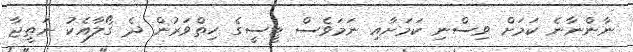
ނާންނާނެ ކަމަށް ވިސްނި ކަމަށާއި ނަމަވެސް ޓީސީގެ ހިތްވަރުން ދެ ގޯލާއެކު ނަތީޖާ